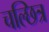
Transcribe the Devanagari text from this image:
चल्छित्र